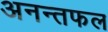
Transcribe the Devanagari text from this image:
अनन्तफल